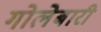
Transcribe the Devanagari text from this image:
गोलेबारी